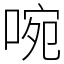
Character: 啘